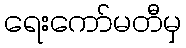
ရေးကော်မတီမှ